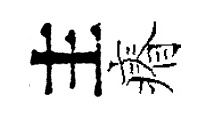
主瘠